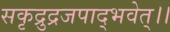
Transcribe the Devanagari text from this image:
सकृद्रुद्रजपाद्भवेत्।।